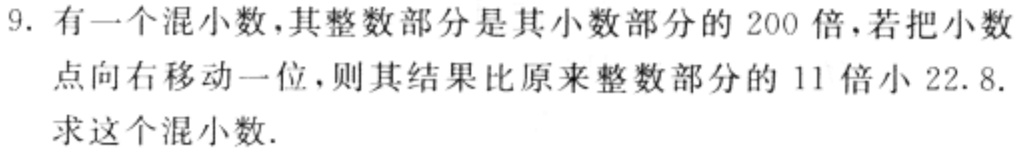
9. 有一个混小数，其整数部分是其小数部分的 200 倍，若把小数点向右移动一位，则其结果比原来整数部分的 11 倍小 22.8. 求这个混小数.